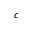
c